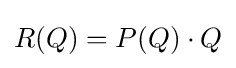
R(Q)=P(Q)\cdot Q